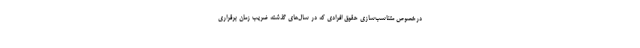
درخصوص متناسب‌سازی حقوق افرادی که در سال‌های گذشته ضریب زمان برقراری